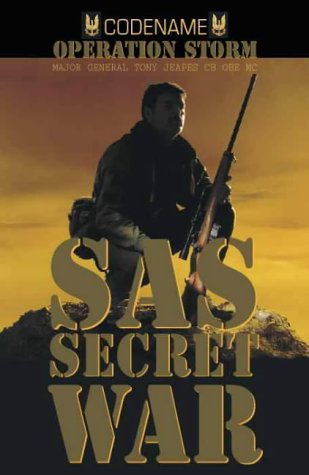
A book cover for SAS Secret War; Tony Jeapes; History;